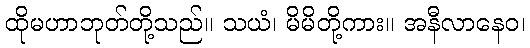
ထိုမဟာဘုတ်တို့သည်။ သယံ၊ မိမိတို့ကား။ အနီလာနေဝ၊